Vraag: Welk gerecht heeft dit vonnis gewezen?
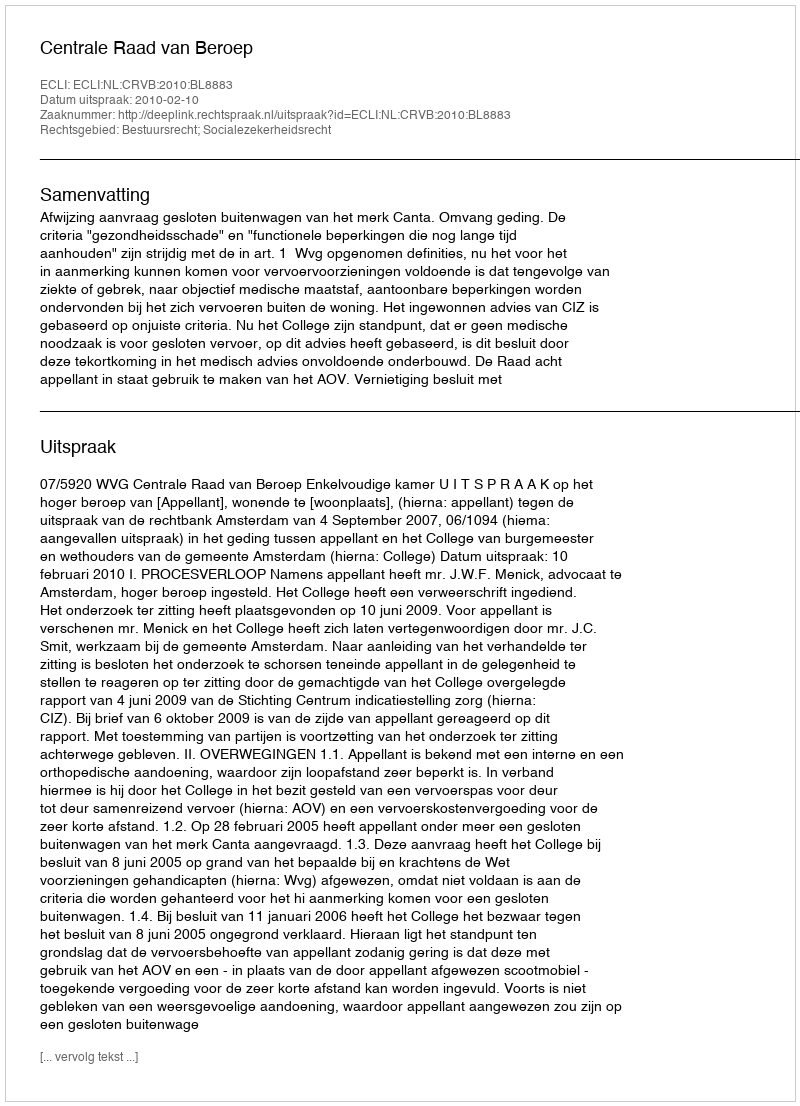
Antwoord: Centrale Raad van Beroep